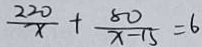
\frac { 2 2 0 } { x } + \frac { 8 0 } { x - 1 5 } = 6